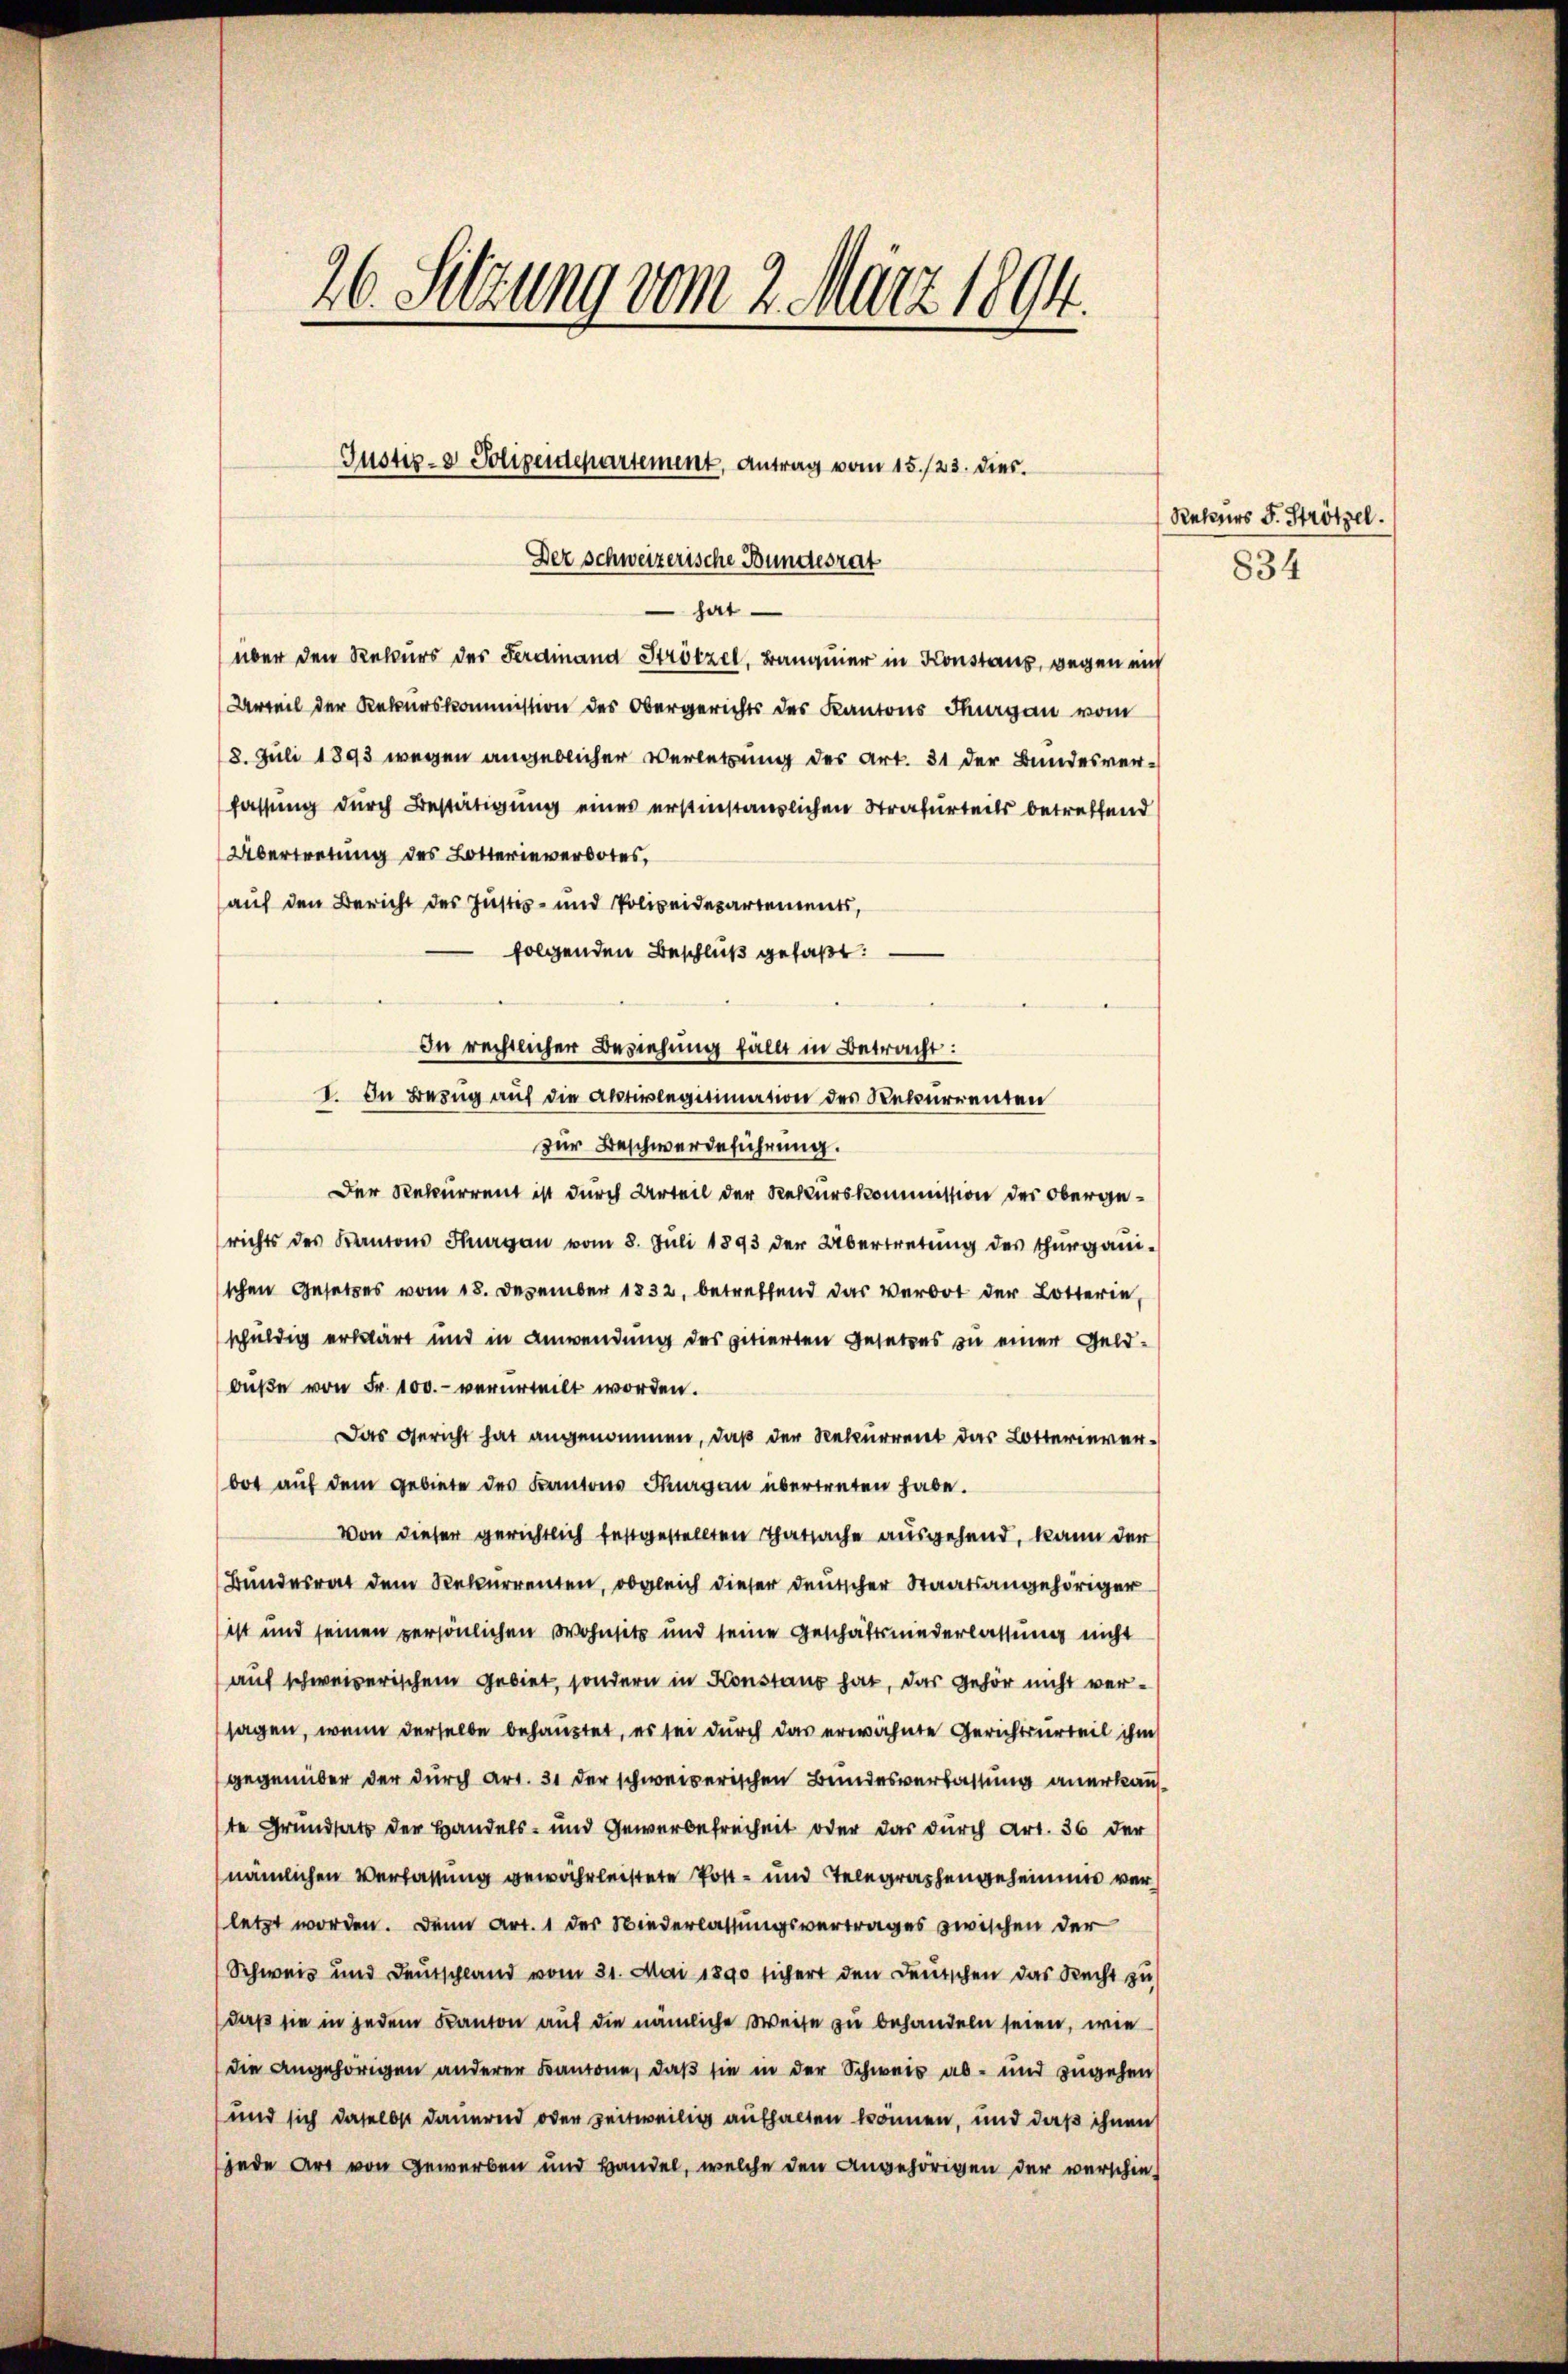
26. Setzung vom 2. März 1894.
Justiz- & Polizeidepartement, Antrag vom 15./23. dies
Der schweizerische Bundesrat

hat
über den Rekurs des Ferdinand Strötzel, Banquier in Konstans, wegen ein
Urteil der Rekurskommission des Obergerichts des Kantons Thurgau vom
8. Juli 1893 wegen angeblicher Verletzung des Art. 31 der Bundesverfassung durch Bestätigung eines erstinständlichen Strafurteils betreffend
Übertretung des Lotterieverbotes,
auf den Bericht des Justiz- und Polizeidepartements,
folgenden Beschluß gefaßt:
In rechtlicher Beziehung fällt in Betracht:
I. In Bezug auf die Aktivlegitimation des Rekurrenten
zur Beschwerdeführung.
Der Rekurrent ist durch Urteil der Rekurskommission des Obergerichts des Kantons Thurgau vom 8. Juli 1893 der Übertretung des Thurgauschen Gesetzes vom 18. Dezember 1832, betreffend das Verbot der Lotterie,
schuldig erklärt und in Anwendung des zitierten Gesetzes zu einer Geldbuße von Fr. 100.- verurteilt worden.
Das Gericht hat angenommen, daß der Rekurrent das Lotterieverbot auf dem Gebiete des Kantons Thurgau übertreten habe.
von dieser gerichtlich festgestellten Thatsache ausgehend, kann der
Bundesrat dem Rekurrenten, obgleich dieser deutscher Staatsangehöriger
ist und seinen persönlichen Wohnsitz und seine Geschäftsniederlassung nicht
auf schweizerischem Gebiet, sondern in Konstand hat, das gehör nicht versagen, wenn derselbe behauptet, es sei durch das erwähnte Gerichtsurteil ihm
gegenüber der durch Art. 31 der schweizerischen Bundesverlassung anerkann,
ste Grundsatz der Handels- und Gewerbefreiheit oder das durch Art. 36 der
nämlichen Verlassung gewährleistete Post- und Telegraphengeheime verletzt worden. Dann Art. 1 der Wiederlassungsvertrages zwischen der
Schweis und Deutschland vom 31. Mai 1890 sichert den Deutschen das Recht zu
daß sie in jedem Kanton auf die nämliche Weise zu behandeln seien, wie
(die Angehörigen anderer Kantone, daß sie in der Schweis ab- und zugehen
und sich daselbst dauernd oder zeitweilig aufhalten können, und daß ihnen
jede Art von Gewerben und Bandel, welche den angehörigen der verschie-

Rekurs F. Strötzel.
834